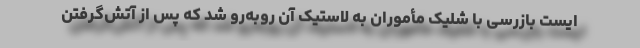
ایست بازرسی با شلیک مأموران به لاستیک آن روبه‌رو شد که پس از آتش‌گرفتن